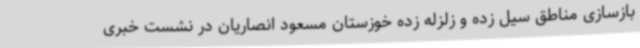
بازسازی مناطق سیل زده و زلزله زده خوزستان مسعود انصاریان در نشست خبری